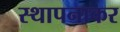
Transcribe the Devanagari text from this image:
स्थापनाकर